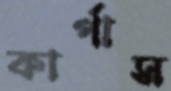
কার্পাস